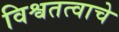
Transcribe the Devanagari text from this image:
विश्वतत्वाचे